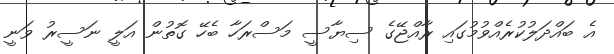
އެ ބައްދަލުކުރެއްވުމުގައި ރާއްޖޭގެ ސިޔާސީ މަސްރަހާ ބެހޭ ގޮތުން އަލީ ނަސީރު ވަނީ